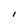
Character: I